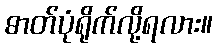
ဓာတ်ပုံရိုက်လို့ရလား။